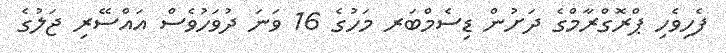
ފެހިވެހި ޕްރޮގްރާމްގެ ދަށުން ޑިސެމްބަރ މަހުގެ 16 ވަނަ ދުވަހުވެސް އައްސޭރި ޖަލުގެ